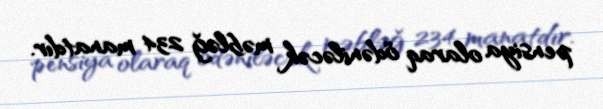
pensiya olaraq ödəniləcək məbləğ 234 manatdır.